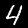
Label: 4